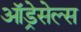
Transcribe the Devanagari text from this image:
ऑड्रेसेल्स